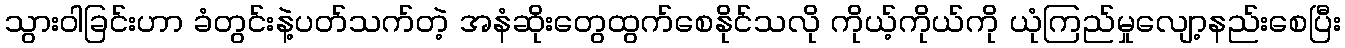
သွားဝါခြင်းဟာ ခံတွင်းနဲ့ပတ်သက်တဲ့ အနံဆိုးတွေထွက်စေနိုင်သလို ကိုယ့်ကိုယ်ကို ယုံကြည်မှုလျော့နည်းစေပြီး